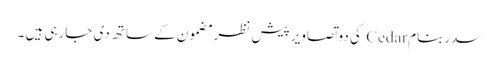
سدر بنام Cedar کی دو تصاویر پیش نظر مضمون کے ساتھ دی جارہی ہیں ۔